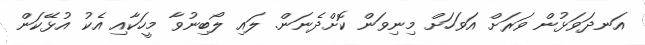
އަނދަވަޅުން ވަރަށް އަވަހަށް މިިނިވަން ކޮށްދެނަން. ލައި ލޯބިނުވާ މީހަކާއި އެކު އުޅޭކަން